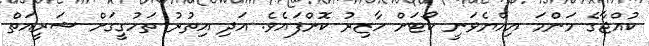
ކުއްޖާގެ މަންމަ އިއްޔެވަނީ ކޯޓަށް ހާޒިރު ކޮށްފައެވެ. އަދި އިތުރު ތަހުގީގަށް ޝަރީއަތް